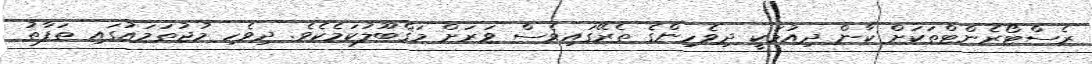
ރެސްޓޯރެންޓްތަކަށް ކާން ދިއުމަކީ ދިވެހިންގެ ތެރޭގައިވެސް ވަރަށް މަޤްބޫލުކަމެކެވެ. ދިވެހި މުޖުތަމައުގައި ތަފާތު